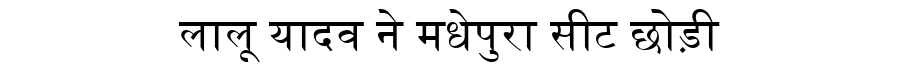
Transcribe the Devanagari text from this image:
लालू यादव ने मधेपुरा सीट छोड़ी